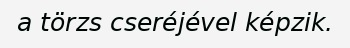
a törzs cseréjével képzik.